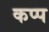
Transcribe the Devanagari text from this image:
कप्प